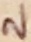
Text: 2